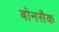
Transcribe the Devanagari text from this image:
बोनसैक